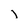
Character: I